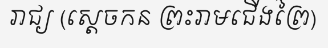
រាជ្យ (ស្តេចកន ព្រះរាមជើងព្រៃ)